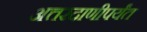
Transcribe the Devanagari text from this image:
अत्तरदाणीपर्यंत